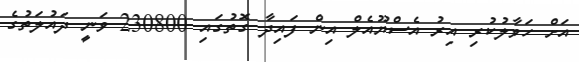
އަށް ހަވާލުކުރި އިރު އެސްޔޫއެލް އިން ފައިދާ ގޮތުގައި 230800 ވަނީ ދައުލަތުގެ